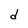
Character: d